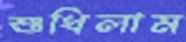
শুধিলাম